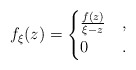
\begin{align*}f_\xi(z) = \begin{cases}\frac{f(z)}{\xi - z} & ,\\0 & .\end{cases}\end{align*}